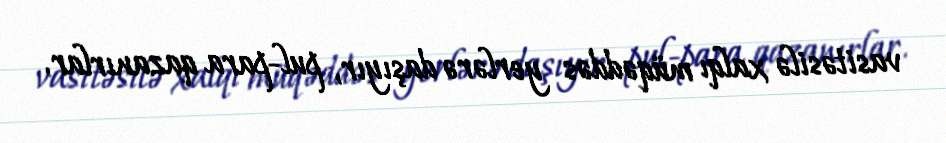
vasitəsilə xalqı müqəddəs yerlərə daşıyır, pul-para qazanırlar.